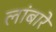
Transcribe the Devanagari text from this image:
लांबारे